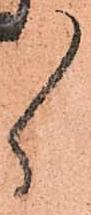
ゝ